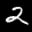
Label: 2